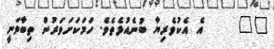
٥٢     އެ އެކުވެރިޔާ ބުނެއުޅެތެވެ. ހަމަކަށަވަރުން ތިބާވަނީ